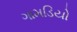
ગામડિયો